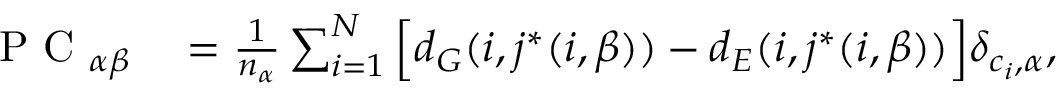
\begin{array} { r l } { \mathrm { ~ P ~ C ~ } _ { \alpha \beta } } & { { } = \frac { 1 } { n _ { \alpha } } \sum _ { i = 1 } ^ { N } \Big [ d _ { G } ( i , j ^ { \ast } ( i , \beta ) ) - d _ { E } ( i , j ^ { \ast } ( i , \beta ) ) \Big ] \delta _ { c _ { i } , \alpha } , } \end{array}